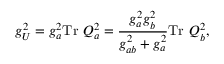
g _ { U } ^ { 2 } = g _ { a } ^ { 2 } \mathrm { T r } ~ Q _ { a } ^ { 2 } = { \frac { g _ { a } ^ { 2 } g _ { b } ^ { 2 } } { g _ { a b } ^ { 2 } + g _ { a } ^ { 2 } } } \mathrm { T r } ~ Q _ { b } ^ { 2 } ,